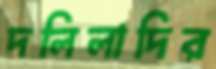
দলিলাদির